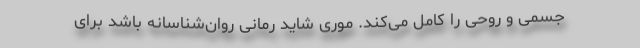
جسمی و روحی را کامل می‌کند. موری شاید رمانی روان‌شناسانه باشد برای